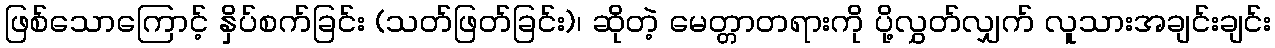
ဖြစ်သောကြောင့် နှိပ်စက်ခြင်း (သတ်ဖြတ်ခြင်း)၊ ဆိုတဲ့ မေတ္တာတရားကို ပို့လွှတ်လျှက် လူသားအချင်းချင်း